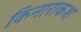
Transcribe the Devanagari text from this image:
किनाराकश